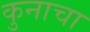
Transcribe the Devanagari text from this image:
कुनाचा